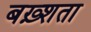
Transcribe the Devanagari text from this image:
बख़्शता